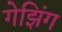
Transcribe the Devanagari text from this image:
गेझिंग